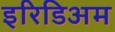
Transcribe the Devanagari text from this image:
इरिडिअम